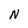
Character: N